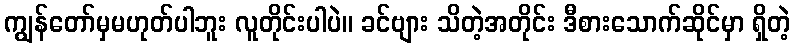
ကျွန်တော်မှမဟုတ်ပါဘူး လူတိုင်းပါပဲ။ ခင်ဗျား သိတဲ့အတိုင်း ဒီစားသောက်ဆိုင်မှာ ရှိတဲ့